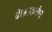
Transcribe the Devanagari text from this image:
केआकर्षण